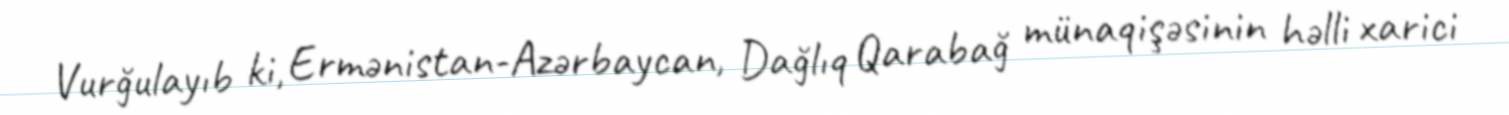
Vurğulayıb ki, Ermənistan-Azərbaycan, Dağlıq Qarabağ münaqişəsinin həlli xarici